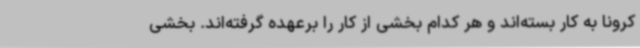
کرونا به کار بسته‌اند و هر کدام بخشی از کار را برعهده گرفته‌اند. بخشی